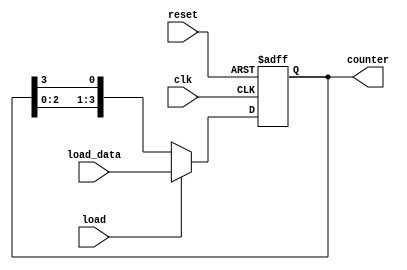
module loadable_ring_counter (
    input wire clk,                // Clock signal
    input wire reset,              // Asynchronous reset signal
    input wire load,               // Load control signal
    input wire [N-1:0] load_data,  // Load data input
    output reg [N-1:0] counter     // Counter output
);
    parameter N = 4;               // Number of bits in the counter

    always @(posedge clk or posedge reset) begin
        if (reset) begin
            // Asynchronous reset: set counter to 0
            counter <= {N{1'b0}};
        end else if (load) begin
            // Load mode: load the specified value into the counter
            counter <= load_data;
        end else begin
            // Counting mode: shift the counter in a ring fashion
            counter <= {counter[N-2:0], counter[N-1]};
        end
    end
endmodule